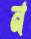
ন